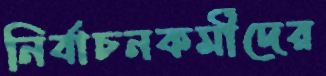
নির্বাচনকর্মীদের